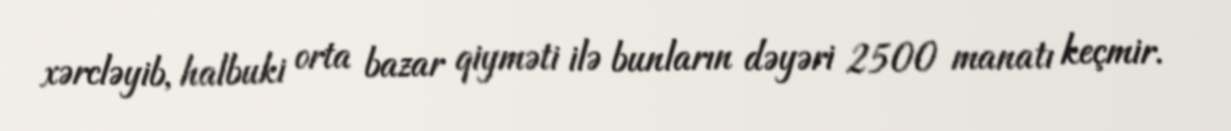
xərcləyib, halbuki orta bazar qiyməti ilə bunların dəyəri 2500 manatı keçmir.